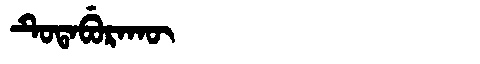
Manchu: ᡨᡠᡨᠠᠪᡠᡵᠠᡴᡡ
Romanization: TUTABURAKŪ